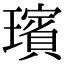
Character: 璸